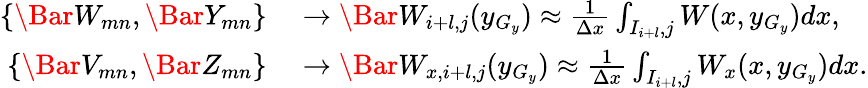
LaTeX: \begin{array}{rl}{\{ \Bar W_{mn},\Bar Y_{mn}\} }&{{}\rightarrow\Bar W_{i+l,j}(y_{G_{y}})\approx\frac{1}{\Delta x}\int_{I_{i+l},j}W(x,y_{G_{y}})dx,}\\ {\{ \Bar V_{mn},\Bar Z_{mn}\} }&{{}\rightarrow\Bar W_{x,i+l,j}(y_{G_{y}})\approx\frac{1}{\Delta x}\int_{I_{i+l},j}W_{x}(x,y_{G_{y}})dx.}\end{array}